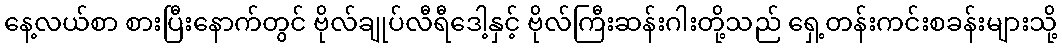
နေ့လယ်စာ စားပြီးနောက်တွင် ဗိုလ်ချုပ်လီရီဒေါ့နှင့် ဗိုလ်ကြီးဆန်းဂါးတို့သည် ရှေ့တန်းကင်းစခန်းများသို့